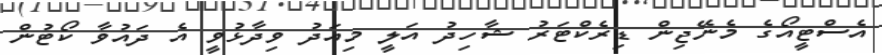
އެސްޓީއޯގެ މެނޭޖިން ޑިރެކްޓަރު ޝާހިދު އަލީ މިއަދު ވިދާޅުވީ އެ ދައުވާ ކޯޓުން